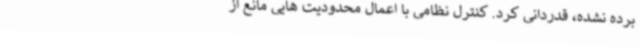
برده نشده، قدردانی کرد. کنترل نظامی با اعمال محدودیت هایی مانع از